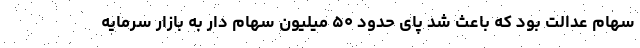
سهام عدالت بود که باعث شد پای حدود ۵۰ میلیون سهام دار به بازار سرمایه